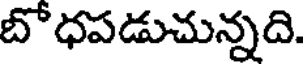
బోధపడుచున్నది.